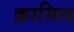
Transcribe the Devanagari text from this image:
क़ामिल